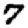
Digit: 7